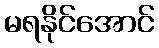
မရနိုင်အောင်